Report on vaccination in the Province of Bengal - 1869-1873
Year: 1869
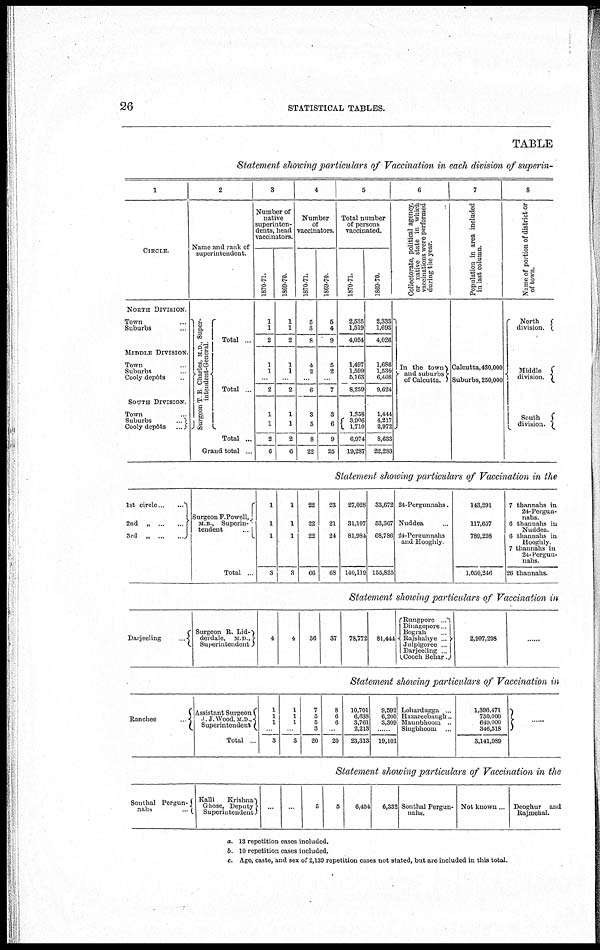
26
STATISTICAL TABLES.
TABLE
Statement showing particulars of Vaccination in each division of superin-
1
CIRCLE.
NORTH DIVISION .
Town ...
Suburbs
MIDDLE DIVISION
Town ...
Suburbs ...
Cooly depôts ...
SOUTH DIVISION.
Town ...
Suburbs
...
Cooly depôts ..
2
Name and rank of
superintendent.
Surgeon T E Charles, M.D , Super-
intendent-General.
Total ...
Total ..
Total ...
Grand total ..
3
Number of
native
superinten-
dents, head
vaccinators.
1870-71.
1
1
2
1
1
...
2
1
1
2
6
1869-70.
1
1
2
1
1
...
2
1
1
2
6
4
Number
of
vaccinators.
1870-71.
5
3
8
4
2
...
6
3
5
8
22
1869-70
5
4
9
5
2
...
7
3
6
9
25
5
Total number
of persons
vaccinated.
1870-71.
2,535
1,519
4,054
1,497
1,599
5,163
8,259
1,358
3,906
1,710
6,974
19,287
1869-70.
2,333
1,693
4,026
1,686
1,530
6,408
9,624
1,444
4,217
2,972
8,633
22,283
6
Collectorate, political agency,
or native state in which
vaccinations were performed
during the year.
In the town
and suburbs
of Calcutta.
7
Population in area included
in last column.
Calcutta, 430,000
Suburbs, 250,000
8
Name of portion of district or
of town.
North
division.
Middle
division.
South
division.
Statement shotting particulars of Vaccination in the
1st circle
...
2nd„ ... ...
3rd „
...
...
Surgeon P.Powell,
M.B , Superin¬
tendent
.
Total .
1
1
1
3
1
1
1
3
22
22
22
66
23
21
24
68
27,028
31,107
81,984
140,119
33,672
53,367
68,786
155,825
24-Pergunnahs.
Nuddea ...
24-Peraunnahs
and Hooghly
143,291
117,657
789,298
1,050,246
7 thannahs in
24-Pergun-
nahs
6 thannahs in
Nuddea.
6 thannahs in
Hooghly
7 thannahs in
24-Pergun-
nahs
26 thannahs.
Statement showing particulars of Vaccination in
Darjeeling
.
Surgeon R. Lid¬
derdale,
M D ,
Superintendent
4
4
36
37
78,772 81,444
Rungpore
.
Dmagepore .
Bograh
..
Rajshahye ...
Julpigoree .
Darjeeling .
Cooch Benar ..
2,997,298
......
Statement showing particulars of Vaccination in
Ranchee
Assistant Surgeon
I J.Wood,M.D ,
Superintendent
Total
1
1
1
3
1
1
1
3
7
5
5
3
20
8
6
6
...
20
10,701
6,638
3,761
2,213
23,313
9,592
6,200
3,309
19,101
Lohardugga
Hazareebaugh..
Maunbhoom ..
Singbhoom ...
1,396,471
750,000
649,000
346,518
3,141,989
......
Statement showing particulars of Vaccination in the
Southal Pergun¬
nahs
.
Kalli
Krishna
Ghose, Deputy
Superintendent
...
...
5
5
6,454
6,332 Sonthal Pergun¬
nahs.
Not known... Deoghur and
Rajmehal.
a. 13 repetition cases included.
b. 10 repetition cases included.
c. Age, caste, and sex of 2,139 repetition cases not stated, but are included in this total.